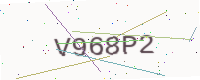
Text: V968P2